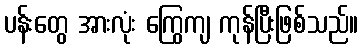
ပန်းတွေ အားလုံး ကြွေကျ ကုန်ပြီးဖြစ်သည်။